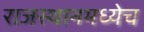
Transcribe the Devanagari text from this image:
राजस्थानमध्येच